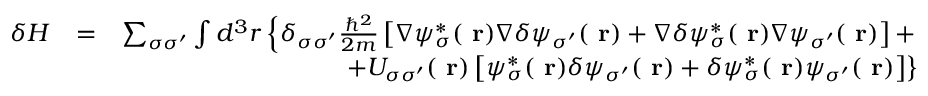
\begin{array} { r l r } { \delta H } & { = } & { \sum _ { \sigma \sigma ^ { \prime } } \int d ^ { 3 } r \left\{ \delta _ { \sigma \sigma ^ { \prime } } \frac { \hbar ^ { 2 } } { 2 m } \left[ \nabla \psi _ { \sigma } ^ { * } ( \mathrm { \bf ~ r } ) \nabla \delta \psi _ { \sigma ^ { \prime } } ( \mathrm { \bf ~ r } ) + \nabla \delta \psi _ { \sigma } ^ { * } ( \mathrm { \bf ~ r } ) \nabla \psi _ { \sigma ^ { \prime } } ( \mathrm { \bf ~ r } ) \right] + \right. } \\ & { } & { \left. + U _ { \sigma \sigma ^ { \prime } } ( \mathrm { \bf ~ r } ) \left[ \psi _ { \sigma } ^ { * } ( \mathrm { \bf ~ r } ) \delta \psi _ { \sigma ^ { \prime } } ( \mathrm { \bf ~ r } ) + \delta \psi _ { \sigma } ^ { * } ( \mathrm { \bf ~ r } ) \psi _ { \sigma ^ { \prime } } ( \mathrm { \bf ~ r } ) \right] \right\} } \end{array}